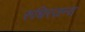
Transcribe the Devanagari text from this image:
रुधिरजन्य